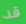
قد